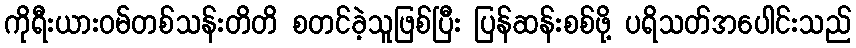
ကိုရီးယားဝမ်တစ်သန်းတိတိ စတင်ခဲ့သူဖြစ်ပြီး ပြန်ဆန်းစစ်ဖို့ ပရိသတ်အပေါင်းသည်